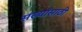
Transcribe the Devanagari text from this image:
संख्यांसाठी